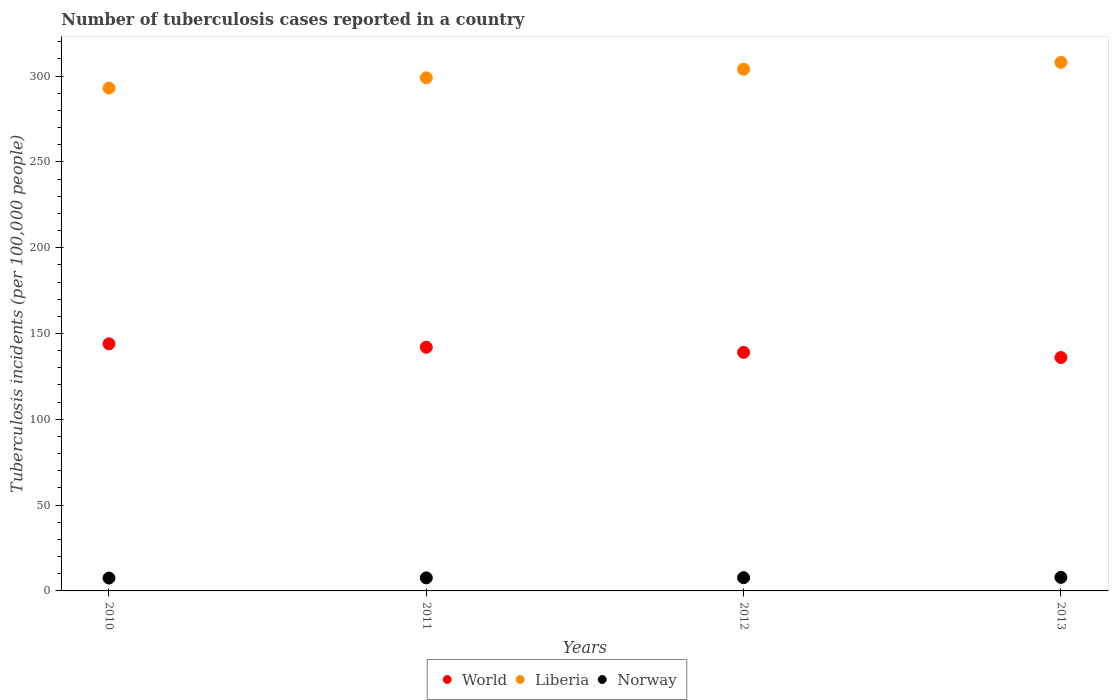
| Years | World | Liberia | Norway |
 | --- | --- | --- | --- |
 | 2010 | 144 | 293 | 7.5 |
 | 2011 | 142 | 299 | 7.6 |
 | 2012 | 139 | 304 | 7.7 |
 | 2013 | 136 | 308 | 7.9 |